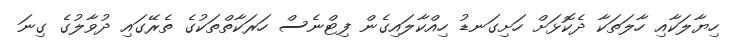
ހިޔާލަކާއި ހާލަތަކާ ދެކޮޅަށް ހަށިގަނޑު ހިއްކާލައިގެން ފިޓްނެސް ހަރަކާތްތަކުގެ ތެރޭގައި ދުވާލުގެ ގިނަ